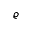
\varrho